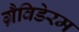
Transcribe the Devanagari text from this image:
ग्रैविडेरम